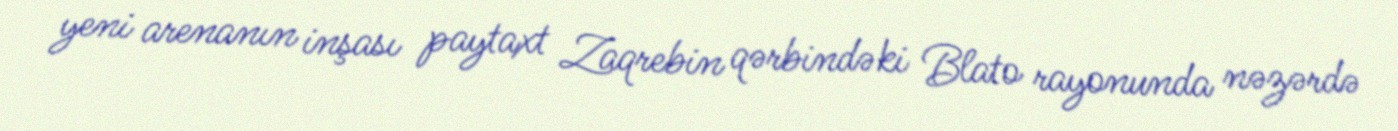
yeni arenanın inşası paytaxt Zaqrebin qərbindəki Blato rayonunda nəzərdə